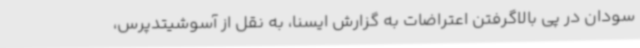
سودان در پی بالاگرفتن اعتراضات به گزارش ایسنا، به نقل از آسوشیتدپرس،